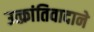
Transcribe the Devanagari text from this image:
उत्क्रांतिवादाने